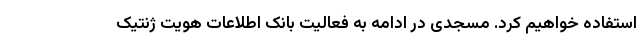
استفاده خواهیم کرد. مسجدی در ادامه به فعالیت بانک اطلاعات هویت ژنتیک